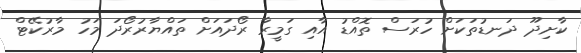
ކާށިދޫ ދަނޑުތަކަށް ހުރަސް ތޮއްޑު އާއި ގަމީރާ ރޯދައަށް ތައްޔާރުރޯދަ މަހު މާރުކޭޓް